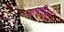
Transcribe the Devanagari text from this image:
शहरियत